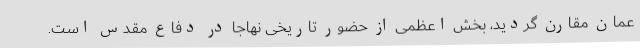
عمان مقارن گردید، بخش اعظمی از حضور تاریخی نهاجا در دفاع مقدس است.